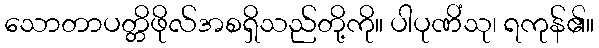
သောတာပတ္တိဖိုလ်အစရှိသည်တို့ကို။ ပါပုဏိံသု၊ ရကုန်၏။